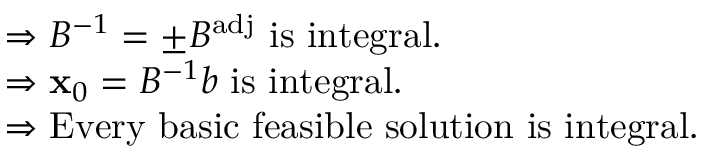
{ \begin{array} { r l } & { \Rightarrow B ^ { - 1 } = \pm B ^ { \mathrm { a d j } } { \mathrm { ~ i s ~ i n t e g r a l . } } } \\ & { \Rightarrow \mathbf { x } _ { 0 } = B ^ { - 1 } b { \mathrm { ~ i s ~ i n t e g r a l . } } } \\ & { \Rightarrow { \mathrm { E v e r y ~ b a s i c ~ f e a s i b l e ~ s o l u t i o n ~ i s ~ i n t e g r a l . } } } \end{array} }